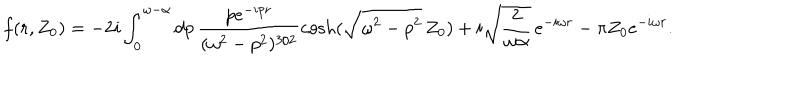
LaTeX: f ( r , Z _ { 0 } ) = - 2 i \int _ { 0 } ^ { \omega - \alpha } d p \, \frac { p e ^ { - i p r } } { ( \omega ^ { 2 } - p ^ { 2 } ) ^ { 3 / 2 } } \cosh ( \sqrt { \omega ^ { 2 } - p ^ { 2 } } \, Z _ { 0 } ) + i \sqrt { \frac { 2 } { \omega \alpha } } \, e ^ { - i \omega r } - \pi Z _ { 0 } e ^ { - i \omega r } .